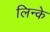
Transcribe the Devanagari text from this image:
लिन्के